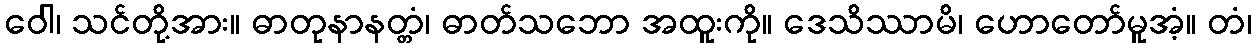
ဝေါ၊ သင်တို့အား။ ဓာတုနာနတ္တံ၊ ဓာတ်သဘော အထူးကို။ ဒေသိဿာမိ၊ ဟောတော်မူအံ့။ တံ၊